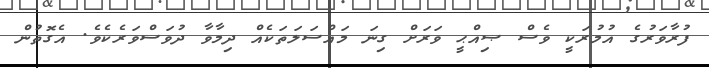
ފުރާވަރުގެ އުމުރަކީ ވެސް ޞިއްޙީ ވަރަށް ގިނަ މައްސަލަތަކެއް ދިމާވާ ދުވަސްވަރެކެވެ. އެގޮތުން